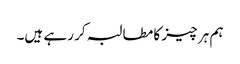
ہم ہر چیز کا مطالبہ کر رہے ہیں۔